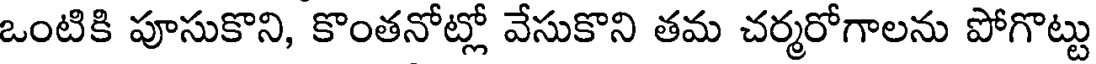
ఒంటికి పూసుకొని, కొంతనోట్లో వేసుకొని తమ చర్మరోగాలను పోగొట్టు